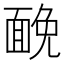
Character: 𩈦